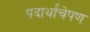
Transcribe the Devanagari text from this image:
पदार्थांचेपण